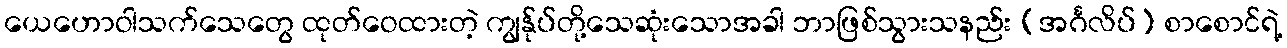
ယေဟောဝါသက်သေတွေ ထုတ်ဝေထားတဲ့ ကျွန်ုပ်တို့သေဆုံးသောအခါ ဘာဖြစ်သွားသနည်း [အင်္ဂလိပ်] စာစောင်ရဲ့